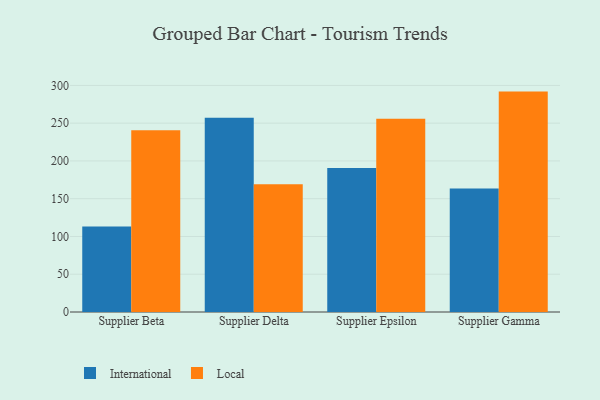
{"axis": {"x": "Supplier", "y": "Energy Usage (MWh)"}, "legend": ["International", "Local"], "data": [{"x": "Supplier Beta", "y": 113.1, "type": "International"}, {"x": "Supplier Beta", "y": 240.6, "type": "Local"}, {"x": "Supplier Delta", "y": 257.1, "type": "International"}, {"x": "Supplier Delta", "y": 169.0, "type": "Local"}, {"x": "Supplier Epsilon", "y": 190.5, "type": "International"}, {"x": "Supplier Epsilon", "y": 255.9, "type": "Local"}, {"x": "Supplier Gamma", "y": 163.4, "type": "International"}, {"x": "Supplier Gamma", "y": 291.8, "type": "Local"}]}